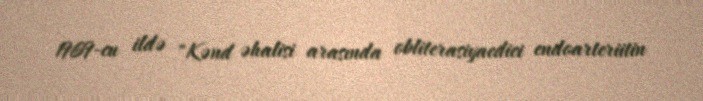
1969-cu ildə "Kənd əhalisi arasında obliterasiyaedici endoarteriitin